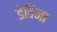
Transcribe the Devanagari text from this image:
डेविना